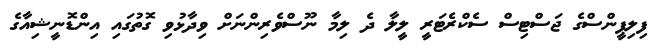
ފިލިޕީންސްގެ ޖަސްޓިސް ސެކްރެޓަރީ ލީލާ ދެ ލިމާ ނޫސްވެރިންނަށް ވިދާޅުވި ގޮތުގައި އިންޑޮނީޝިއާގެ